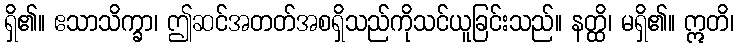
ရှိ၏။ ဧသာသိက္ခာ၊ ဤဆင်အတတ်အစရှိသည်ကိုသင်ယူခြင်းသည်။ နတ္ထိ၊ မရှိ၏။ ဣတိ၊